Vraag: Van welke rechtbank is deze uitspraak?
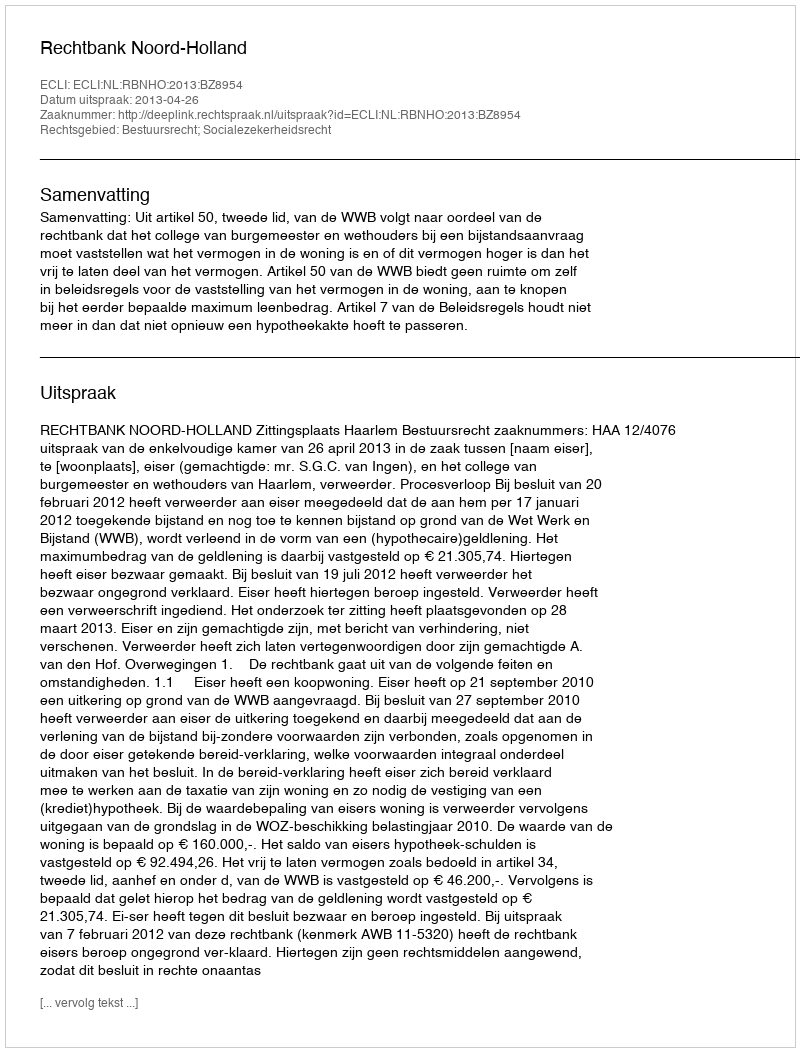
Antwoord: Rechtbank Noord-Holland